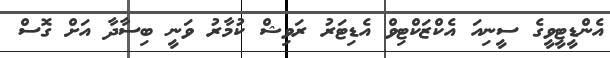
އެންޑީޓީވީގެ ސީނިއަ އެކްޒަކްޓިވް އެޑިޓަރު ރަވިޝް ކުމާރު ވަނީ ބިސާދާ އަށް ގޮސް